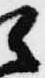
え